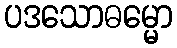
ပဒသောဓမ္မော